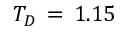
T _ { D } \, = \, 1 . 1 5